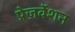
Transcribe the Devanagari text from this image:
प्रेज़र्वेशन